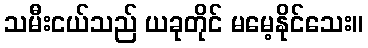
သမီးငယ်သည် ယခုတိုင် မမေ့နိုင်သေး။